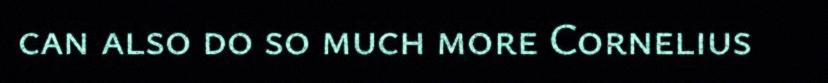
can also do so much more Cornelius